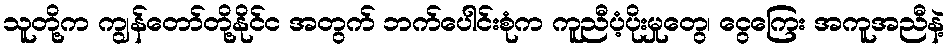
သူတို့က ကျွန်တော်တို့နိုင်င အတွက် ဘက်ပေါင်းစုံက ကူညီပံ့ပိုးမှုတွေ၊ ငွေကြေး အကူအညီနဲ့